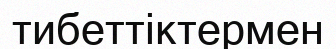
тибеттіктермен